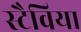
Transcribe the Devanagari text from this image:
स्टैविया